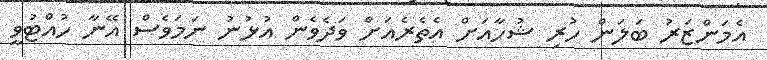
އެމަންޒަރު ބަލަން ހުރި ޝުހާއަށް އެތެރެއަށް ވަދެވެން އުޅުނު ނަމަވެސް އޭނާ ހުއްޓުވީ